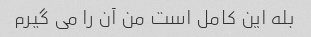
بله این کامل است من آن را می گیرم